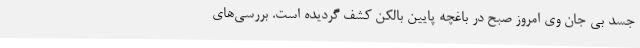
جسد بی جان وی امروز صبح در باغچه پایین بالکن کشف گردیده است. بررسی‌های